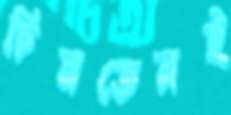
চিনতেনই